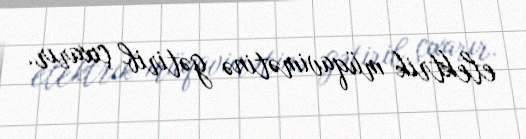
elektrik müqavimətinə gətirib çıxarır.